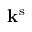
{ \bf k } ^ { \mathrm { s } }